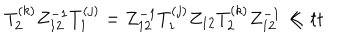
LaTeX: T _ { 2 } ^ { ( k ) } Z _ { 1 2 } ^ { - 1 } T _ { 1 } ^ { ( j ) } = Z _ { 1 2 } ^ { - 1 } T _ { 1 } ^ { ( j ) } Z _ { 1 2 } T _ { 2 } ^ { ( k ) } Z _ { 1 2 } ^ { - 1 } \ll { t t }